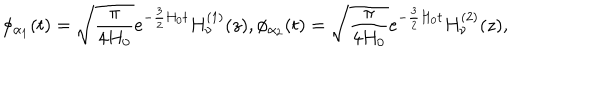
\phi _ { \alpha _ { 1 } } ( t ) = \sqrt { \frac { \pi } { 4 H _ { 0 } } } e ^ { - \frac { 3 } { 2 } H _ { 0 } t } H _ { \nu } ^ { ( 1 ) } ( z ) , \phi _ { \alpha _ { 2 } } ( t ) = \sqrt { \frac { \pi } { 4 H _ { 0 } } } e ^ { - \frac { 3 } { 2 } H _ { 0 } t } H _ { \nu } ^ { ( 2 ) } ( z ) ,